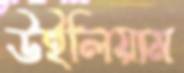
উইলিয়াম